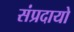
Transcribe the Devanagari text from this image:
संप्रदायो